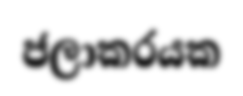
ජලාකරයක